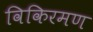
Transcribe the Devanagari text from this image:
विकिरमण